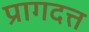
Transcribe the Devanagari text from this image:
प्रागदत्त